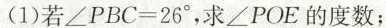
(1)若∠PBC=26°，求∠POE的度数；